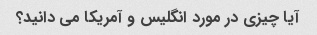
آیا چیزی در مورد انگلیس و آمریکا می دانید؟